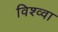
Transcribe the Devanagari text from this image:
विश्व्वा